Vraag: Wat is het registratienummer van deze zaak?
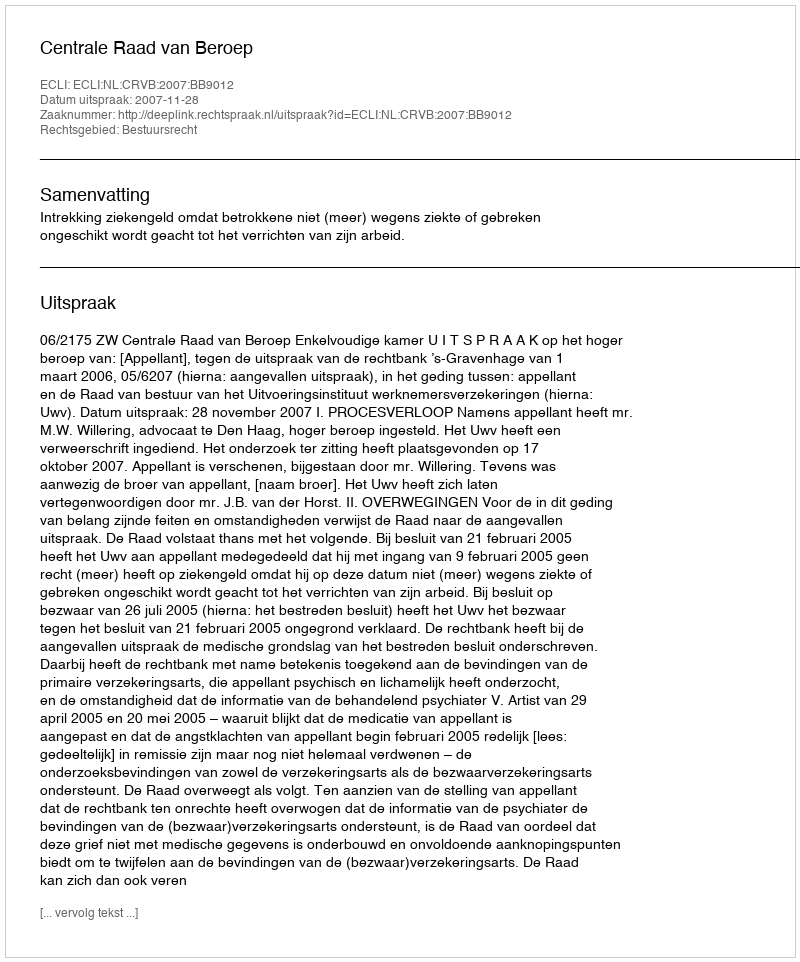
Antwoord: http://deeplink.rechtspraak.nl/uitspraak?id=ECLI:NL:CRVB:2007:BB9012